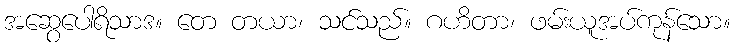
အဆွေပေါရိသာဒ။ တေ တယာ၊ သင်သည်။ ဂဟိတာ၊ ဖမ်းယူအပ်ကုန်သော။